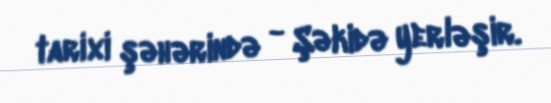
tarixi şəhərində - Şəkidə yerləşir.